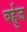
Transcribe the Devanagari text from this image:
बर्हुज